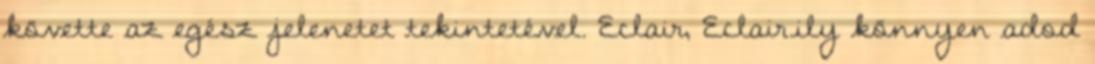
követte az egész jelenetet tekintetével. Eclair, Eclair.ily könnyen adod